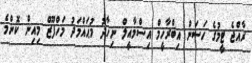
ރާއްޖެ ޓީމުގެ ހަސަން އިބްރާހީމް އިސްމާއީލް ނިހާދު މުޙައްމަދު މަހްފޫޒް މިއިން ކޮންމެ